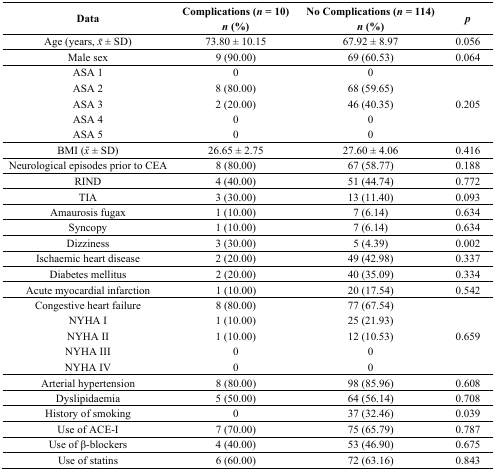
<table><thead><tr><td><b>Data</b></td><td><b>Complications (<i>n</i> = 10) <i>n</i> (%)</b></td><td><b>No Complications (<i>n</i> = 114)<i>n</i> (%)</b></td><td><b><i>p</i></b></td></tr></thead><tbody><tr><td>Age (years,<i>x̄</i> ± SD)</td><td>73.80 ± 10.15</td><td>67.92 ± 8.97</td><td>0.056</td></tr><tr><td>Male sex</td><td>9 (90.00)</td><td>69 (60.53)</td><td>0.064</td></tr><tr><td>ASA 1</td><td>0</td><td>0</td><td rowspan="5">0.205</td></tr><tr><td>ASA 2</td><td>8 (80.00)</td><td>68 (59.65)</td></tr><tr><td>ASA 3</td><td>2 (20.00)</td><td>46 (40.35)</td></tr><tr><td>ASA 4</td><td>0</td><td>0</td></tr><tr><td>ASA 5</td><td>0</td><td>0</td></tr><tr><td>BMI (<i>x̄</i> ± SD)</td><td>26.65 ± 2.75</td><td>27.60 ± 4.06</td><td>0.416</td></tr><tr><td>Neurological episodes prior to CEA</td><td>8 (80.00)</td><td>67 (58.77)</td><td>0.188</td></tr><tr><td>RIND</td><td>4 (40.00)</td><td>51 (44.74)</td><td>0.772</td></tr><tr><td>TIA</td><td>3 (30.00)</td><td>13 (11.40)</td><td>0.093</td></tr><tr><td>Amaurosis fugax</td><td>1 (10.00)</td><td>7 (6.14)</td><td>0.634</td></tr><tr><td>Syncopy</td><td>1 (10.00)</td><td>7 (6.14)</td><td>0.634</td></tr><tr><td>Dizziness</td><td>3 (30.00)</td><td>5 (4.39)</td><td>0.002</td></tr><tr><td>Ischaemic heart disease</td><td>2 (20.00)</td><td>49 (42.98)</td><td>0.337</td></tr><tr><td>Diabetes mellitus</td><td>2 (20.00)</td><td>40 (35.09)</td><td>0.334</td></tr><tr><td>Acute myocardial infarction</td><td>1 (10.00)</td><td>20 (17.54)</td><td>0.542</td></tr><tr><td>Congestive heart failure</td><td>8 (80.00)</td><td>77 (67.54)</td><td rowspan="5">0.659</td></tr><tr><td>NYHA I</td><td>1 (10.00)</td><td>25 (21.93)</td></tr><tr><td>NYHA II</td><td>1 (10.00)</td><td>12 (10.53)</td></tr><tr><td>NYHA III</td><td>0</td><td>0</td></tr><tr><td>NYHA IV</td><td>0</td><td>0</td></tr><tr><td>Arterial hypertension</td><td>8 (80.00)</td><td>98 (85.96)</td><td>0.608</td></tr><tr><td>Dyslipidaemia</td><td>5 (50.00)</td><td>64 (56.14)</td><td>0.708</td></tr><tr><td>History of smoking</td><td>0</td><td>37 (32.46)</td><td>0.039</td></tr><tr><td>Use of ACE-I</td><td>7 (70.00)</td><td>75 (65.79)</td><td>0.787</td></tr><tr><td>Use of β-blockers</td><td>4 (40.00)</td><td>53 (46.90)</td><td>0.675</td></tr><tr><td>Use of statins</td><td>6 (60.00)</td><td>72 (63.16)</td><td>0.843</td></tr></tbody></table>